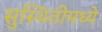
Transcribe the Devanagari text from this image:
सुस्थितीमध्ये